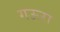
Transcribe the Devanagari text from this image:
गऊरा